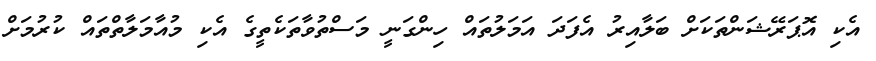
އެކި އޮޕަރޭޝަންތަކަށް ބަލާއިރު އެފަދަ އަމަލުތައް ހިންގަނީ މަސްތުވާތަކެތީގެ އެކި މުއާމަލާތްތައް ކުރުމަށް